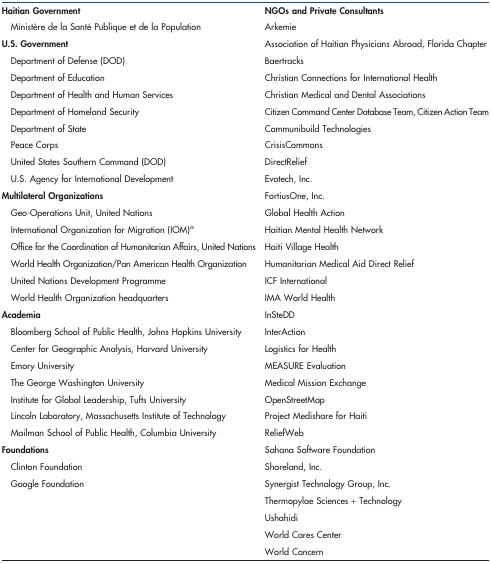
| Haitian Government | NGOs and Private Consultants |
 | --- | --- |
 | Ministère de la Santé Publique et de la Population | Arkemie |
 | U.S. Government | Association of Haitian Physicians Abroad, Florida Chapter |
 | Department of Defense (DOD) | Baertracks |
 | Department of Education | Christian Connections for International Health |
 | Department of Health and Human Services | Christian Medical and Dental Associations |
 | Department of Homeland Security | Citizen Command Center Database Team, Citizen Action Team |
 | Department of State | Communibuild Technologies |
 | Peace Corps | CrisisCommons |
 | United States Southern Command (DOD) | DirectRelief |
 | U.S. Agency for International Development | Evotech, Inc. |
 | Multilateral Organizations | FortiusOne, Inc. |
 | Geo-Operations Unit, United Nations | Global Health Action |
 | International Organization for Migration (IOM)a | Haitian Mental Health Network |
 | Office for the Coordination of Humanitarian Affairs, United Nations | Haiti Village Health |
 | World Health Organization/Pan American Health Organization | Humanitarian Medical Aid Direct Relief |
 | United Nations Development Programme | ICF International |
 | World Health Organization headquarters | IMA World Health |
 | Academia | InSteDD |
 | Bloomberg School of Public Health, Johns Hopkins University | InterAction |
 | Center for Geographic Analysis, Harvard University | Logistics for Health |
 | Emory University | MEASURE Evaluation |
 | The George Washington University | Medical Mission Exchange |
 | Institute for Global Leadership, Tufts University | OpenStreetMap |
 | Lincoln Laboratory, Massachusetts Institute of Technology | Project Medishare for Haiti |
 | Mailman School of Public Health, Columbia University | ReliefWeb |
 | Foundations | Sahana Software Foundation |
 | Clinton Foundation | Shoreland, Inc. |
 | Google Foundation | Synergist Technology Group, Inc. |
 |  | Thermopylae Sciences + Technology |
 |  | Ushahidi |
 |  | World Cares Center |
 |  | World Concern |